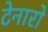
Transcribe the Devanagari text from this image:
टेनारो